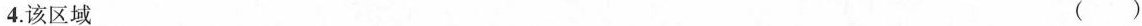
4. 该区域 ( )